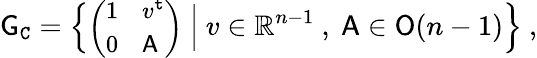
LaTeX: {\mathsf{G}}_{\mathtt{C}}=\Big\{ {\small\bigg(\begin{array}{ll}{1}&{v^{\mathtt{t}}}\\ {0}&{{\mathsf{A}}}\end{array}\bigg)}\normalsize\ \Big|\ v\in\mathbb{R}^{n-1}\ ,\ {\mathsf{A}}\in{\mathsf{O}}(n-1)\Big\} \ ,